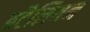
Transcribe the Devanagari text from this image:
बटैलियन